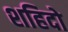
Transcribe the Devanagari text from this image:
शहिदो